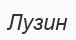
Лузин